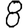
Digit: 8